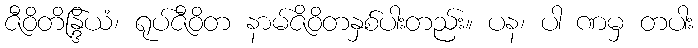
ဇီဝိတိန္ဒြိယံ၊ ရုပ်ဇီဝိတ နာမ်ဇိဝိတနှစ်ပါးတည်း။ ပန၊ ပါ ဏမှ တပါး